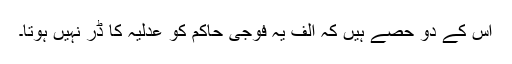
اس کے دو حصے ہیں کہ الف یہ فوجی حاکم کو عدلیہ کا ڈر نہیں ہوتا۔